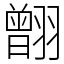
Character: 䎖